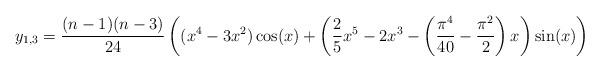
LaTeX: \begin{align*}y_{1,3} = \frac{(n-1)(n-3)}{24}\left((x^4-3x^2)\cos(x) +\left(\frac{2}{5}x^5-2x^3-\left(\frac{\pi^4}{40}-\frac{\pi^2}{2}\right)x\right)\sin(x)\right)\end{align*}